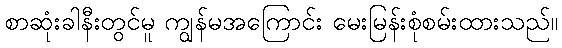
စာဆုံးခါနီးတွင်မူ ကျွန်မအကြောင်း မေးမြန်းစုံစမ်းထားသည်။